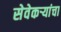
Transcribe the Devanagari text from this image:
सेवेकऱ्यांचा